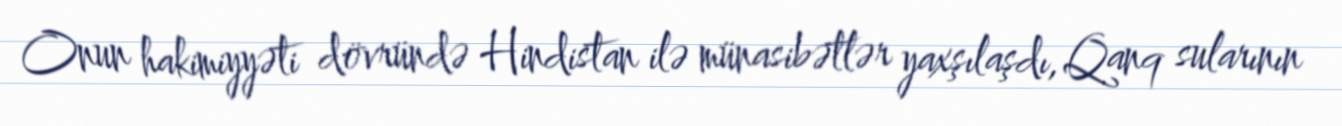
Onun hakimiyyəti dövründə Hindistan ilə münasibətlər yaxşılaşdı, Qanq sularının